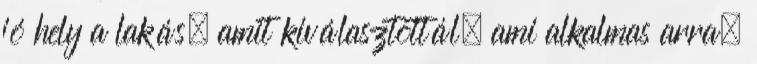
jó hely a lakás, amit kiválasztottál, ami alkalmas arra,